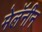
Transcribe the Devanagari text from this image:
मेलॅनीन